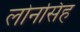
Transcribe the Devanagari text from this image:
लोनसिंह